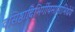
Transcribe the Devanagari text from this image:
वसिष्ठादिभिर्गीयमानाभिधेये